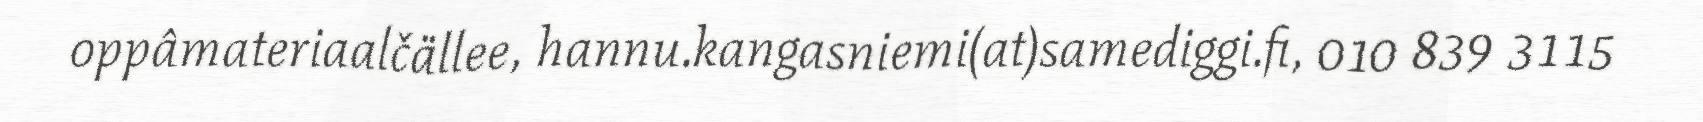
oppâmateriaalčällee, hannu.kangasniemi(at)samediggi.fi, 010 839 3115